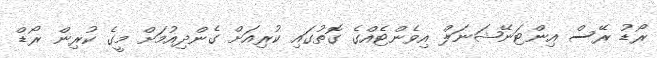
ރޯޑު ރޭސް އިންޓަނޭޝަނަލް އިވެންޓެއްގެ ގޮތުގައި ކުރިއަށް ގެންދިއުމަށް މީގެ ކުރިން ރޯޑް